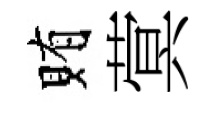
賄蓂